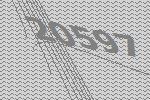
20597